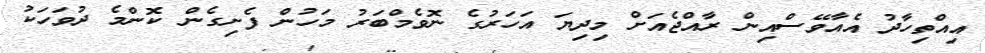
އިއްތިހާދު އެއާވޭސްއިން ރާއްޖެއަށް މިދިޔަ އަހަރުގެ ނޮވެމްބަރު މަހުން ފެށިގެން ކޮންމެ ދުވަހަކު